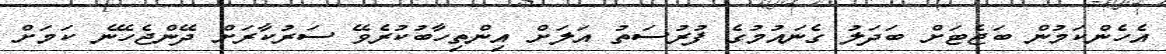
އެހެންކަމުން ބަޖެޓަށް ބަދަލު ގެނައުމުގެ ފުރުސަތު އަލަށް އިންތިހާބުކުރެވޭ ސަރުކާރަށް ދޭންޖެހޭނެ ކަމަށް